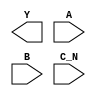
module sky130_fd_sc_ms__nor3b (
    Y  ,
    A  ,
    B  ,
    C_N
);

    output Y  ;
    input  A  ;
    input  B  ;
    input  C_N;

    // Voltage supply signals
    supply1 VPWR;
    supply0 VGND;
    supply1 VPB ;
    supply0 VNB ;

endmodule